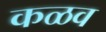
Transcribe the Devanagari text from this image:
कळव